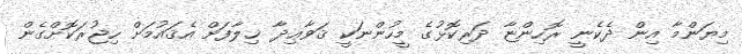
މިޔަންމާ އިން ދެކެނީ ރޮހިންޏާ ދަރިކޮޅުގެ މީހުންނަކީ ޤަވާޢިދާ ޚިލާފަށް އެޤައުމަށް ހިޖުރަކޮށްގެން